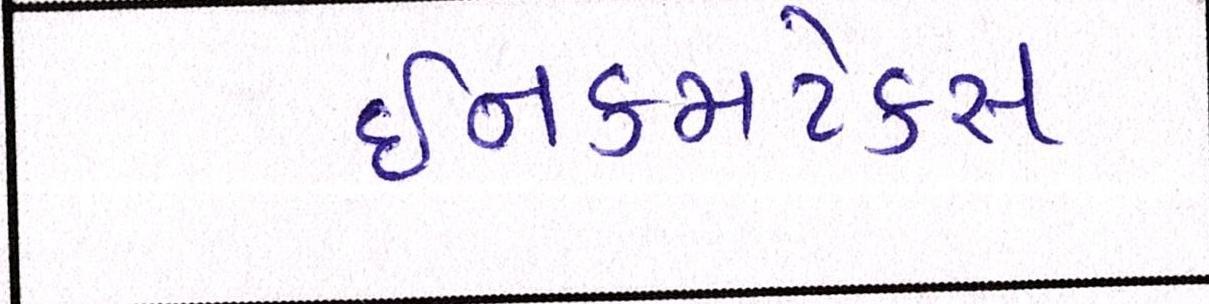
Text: ઈનકમટેક્સ